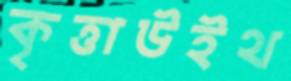
কৃত্তাউইথ